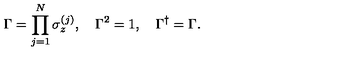
\Gamma = \prod _ { j = 1 } ^ { N } \sigma _ { z } ^ { ( j ) } , \quad \Gamma ^ { 2 } = 1 , \quad \Gamma ^ { \dagger } = \Gamma .